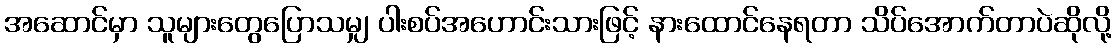
အဆောင်မှာ သူများတွေပြောသမျှ ပါးစပ်အဟောင်းသားဖြင့် နားထောင်နေရတာ သိပ်အောက်တာပဲဆိုလို့